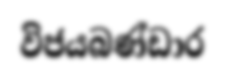
විජයබණ්ඩාර